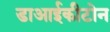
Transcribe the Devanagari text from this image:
डाआईकीटोन